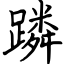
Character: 蹸